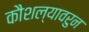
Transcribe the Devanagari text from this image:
कौशल्यावरुन